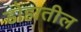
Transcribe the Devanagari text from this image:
डोहातील